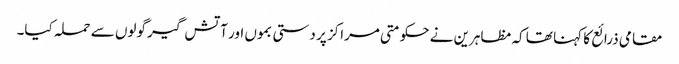
مقامی ذرائع کا کہنا تھا کہ مظاہرین نے حکومتی مراکز پر دستی بموں اور آتش گیر گولوں سے حملہ کیا۔